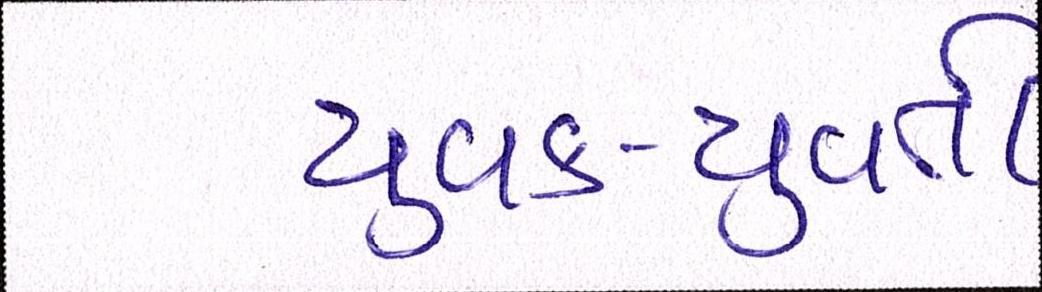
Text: યુવક-યુવતી